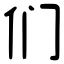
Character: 们